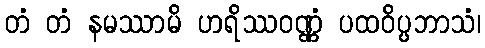
တံ တံ နမဿာမိ ဟရိဿဝဏ္ဏံ ပထဝိပ္ပဘာသံ၊